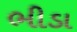
ભીડા